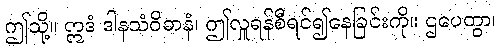
ဤသို့။ ဣဒံ ဒါနသံဝိဓာနံ၊ ဤလှူရန်စီရင်၍နေခြင်းကို။ ဌပေတွာ၊